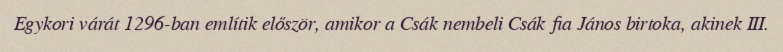
Egykori várát 1296-ban említik először, amikor a Csák nembeli Csák fia János birtoka, akinek III.